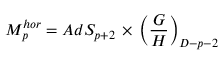
M _ { p } ^ { h o r } = A d S _ { p + 2 } \, \times \, \left( \frac { G } { H } \right) _ { D - p - 2 }